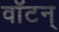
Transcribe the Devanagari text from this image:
वॉटन्